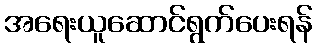
အရေးယူဆောင်ရွက်ပေးရန်